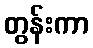
တွန်းကာ